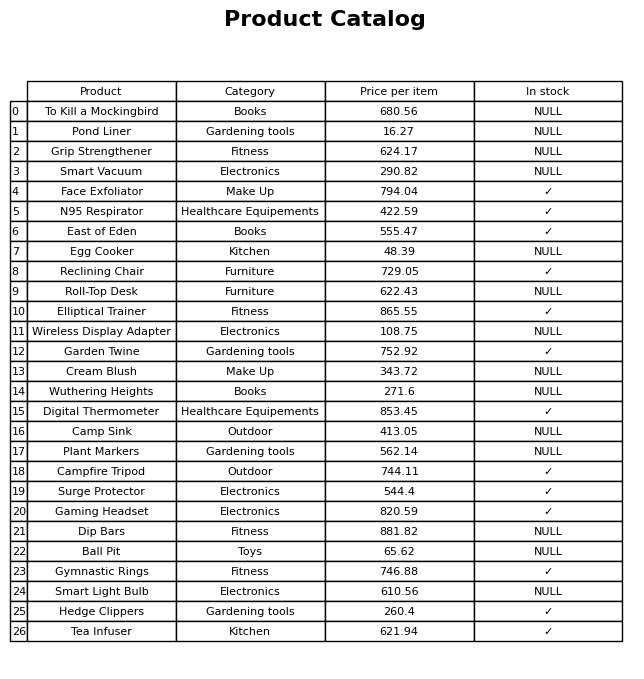
question: What category does the Hedge Clippers belong to?
answer: Gardening tools